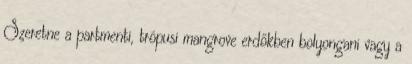
Szeretne a partmenti, trópusi mangrove erdőkben bolyongani vagy a